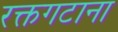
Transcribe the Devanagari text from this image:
रक्तगटाना